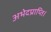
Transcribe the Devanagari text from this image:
अभेदप्राप्ति।